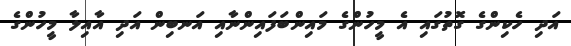
އަދި ހެކިންގެ ގޮތުގައި އެ މީހުންގެ މައިންބަފައިންނާއި އަނބިން އަދި އާއިލާ މީހުންގެ